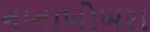
નાનાખોખરા